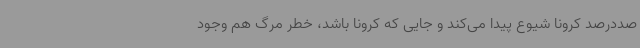
صددرصد کرونا شیوع پیدا می‌کند و جایی که کرونا باشد، خطر مرگ هم وجود